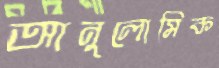
আনুলোমিক